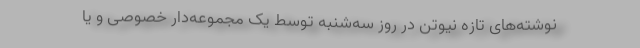
نوشته‌های تازه نیوتن در روز سه‌شنبه توسط یک مجموعه‌دار خصوصی و یا